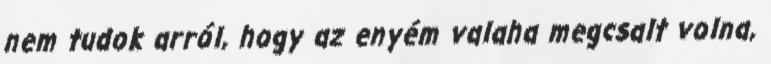
nem tudok arról, hogy az enyém valaha megcsalt volna,